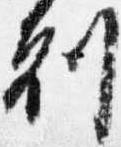
剋